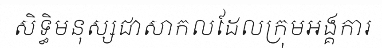
សិទ្ធិមនុស្សជាសាកលដែលក្រុមអង្គការ